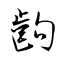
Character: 齣